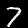
Digit: 7